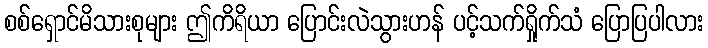
စစ်ရှောင်မိသားစုများ ဤကိရိယာ ပြောင်းလဲသွားဟန် ပင့်သက်ရှိုက်သံ ပြောပြပါလား